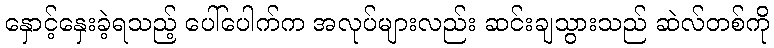
နှောင့်နှေးခဲ့ရသည့် ပေါ်ပေါက်က အလုပ်များလည်း ဆင်းချသွားသည် ဆဲလ်တစ်ကို